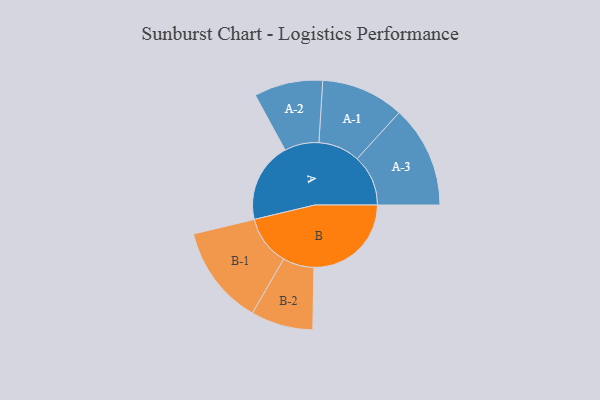
{"axis": {"x": "Segment", "y": "Value"}, "legend": ["", "A", "B"], "data": [{"x": "A", "y": 394, "type": ""}, {"x": "B", "y": 479, "type": ""}, {"x": "A-1", "y": 204, "type": "A"}, {"x": "A-2", "y": 169, "type": "A"}, {"x": "A-3", "y": 251, "type": "A"}, {"x": "B-1", "y": 245, "type": "B"}, {"x": "B-2", "y": 153, "type": "B"}]}